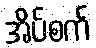
အိပ်စက်